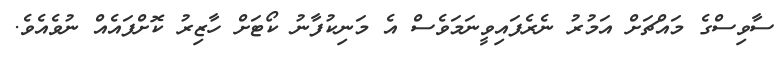
ސާވިސްގެ މައްޗަށް އަމުރު ނެރެފައިވީނަމަވެސް އެ މަނިކުފާނު ކޯޓަށް ހާޒިރު ކޮށްފައެއް ނުވެއެވެ.